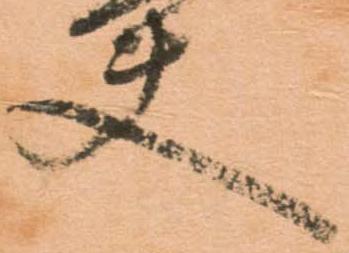
夫